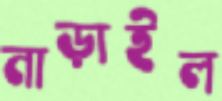
নাড়াইল